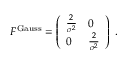
\begin{array} { r } { F ^ { \mathrm { G a u s s } } = \left( \begin{array} { l l } { \frac { 2 } { \sigma ^ { 2 } } } & { 0 } \\ { 0 } & { \frac { 2 } { \sigma ^ { 2 } } } \end{array} \right) \; . } \end{array}